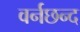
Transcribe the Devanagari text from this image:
वर्नछन्द